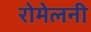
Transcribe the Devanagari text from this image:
रोमेलनी